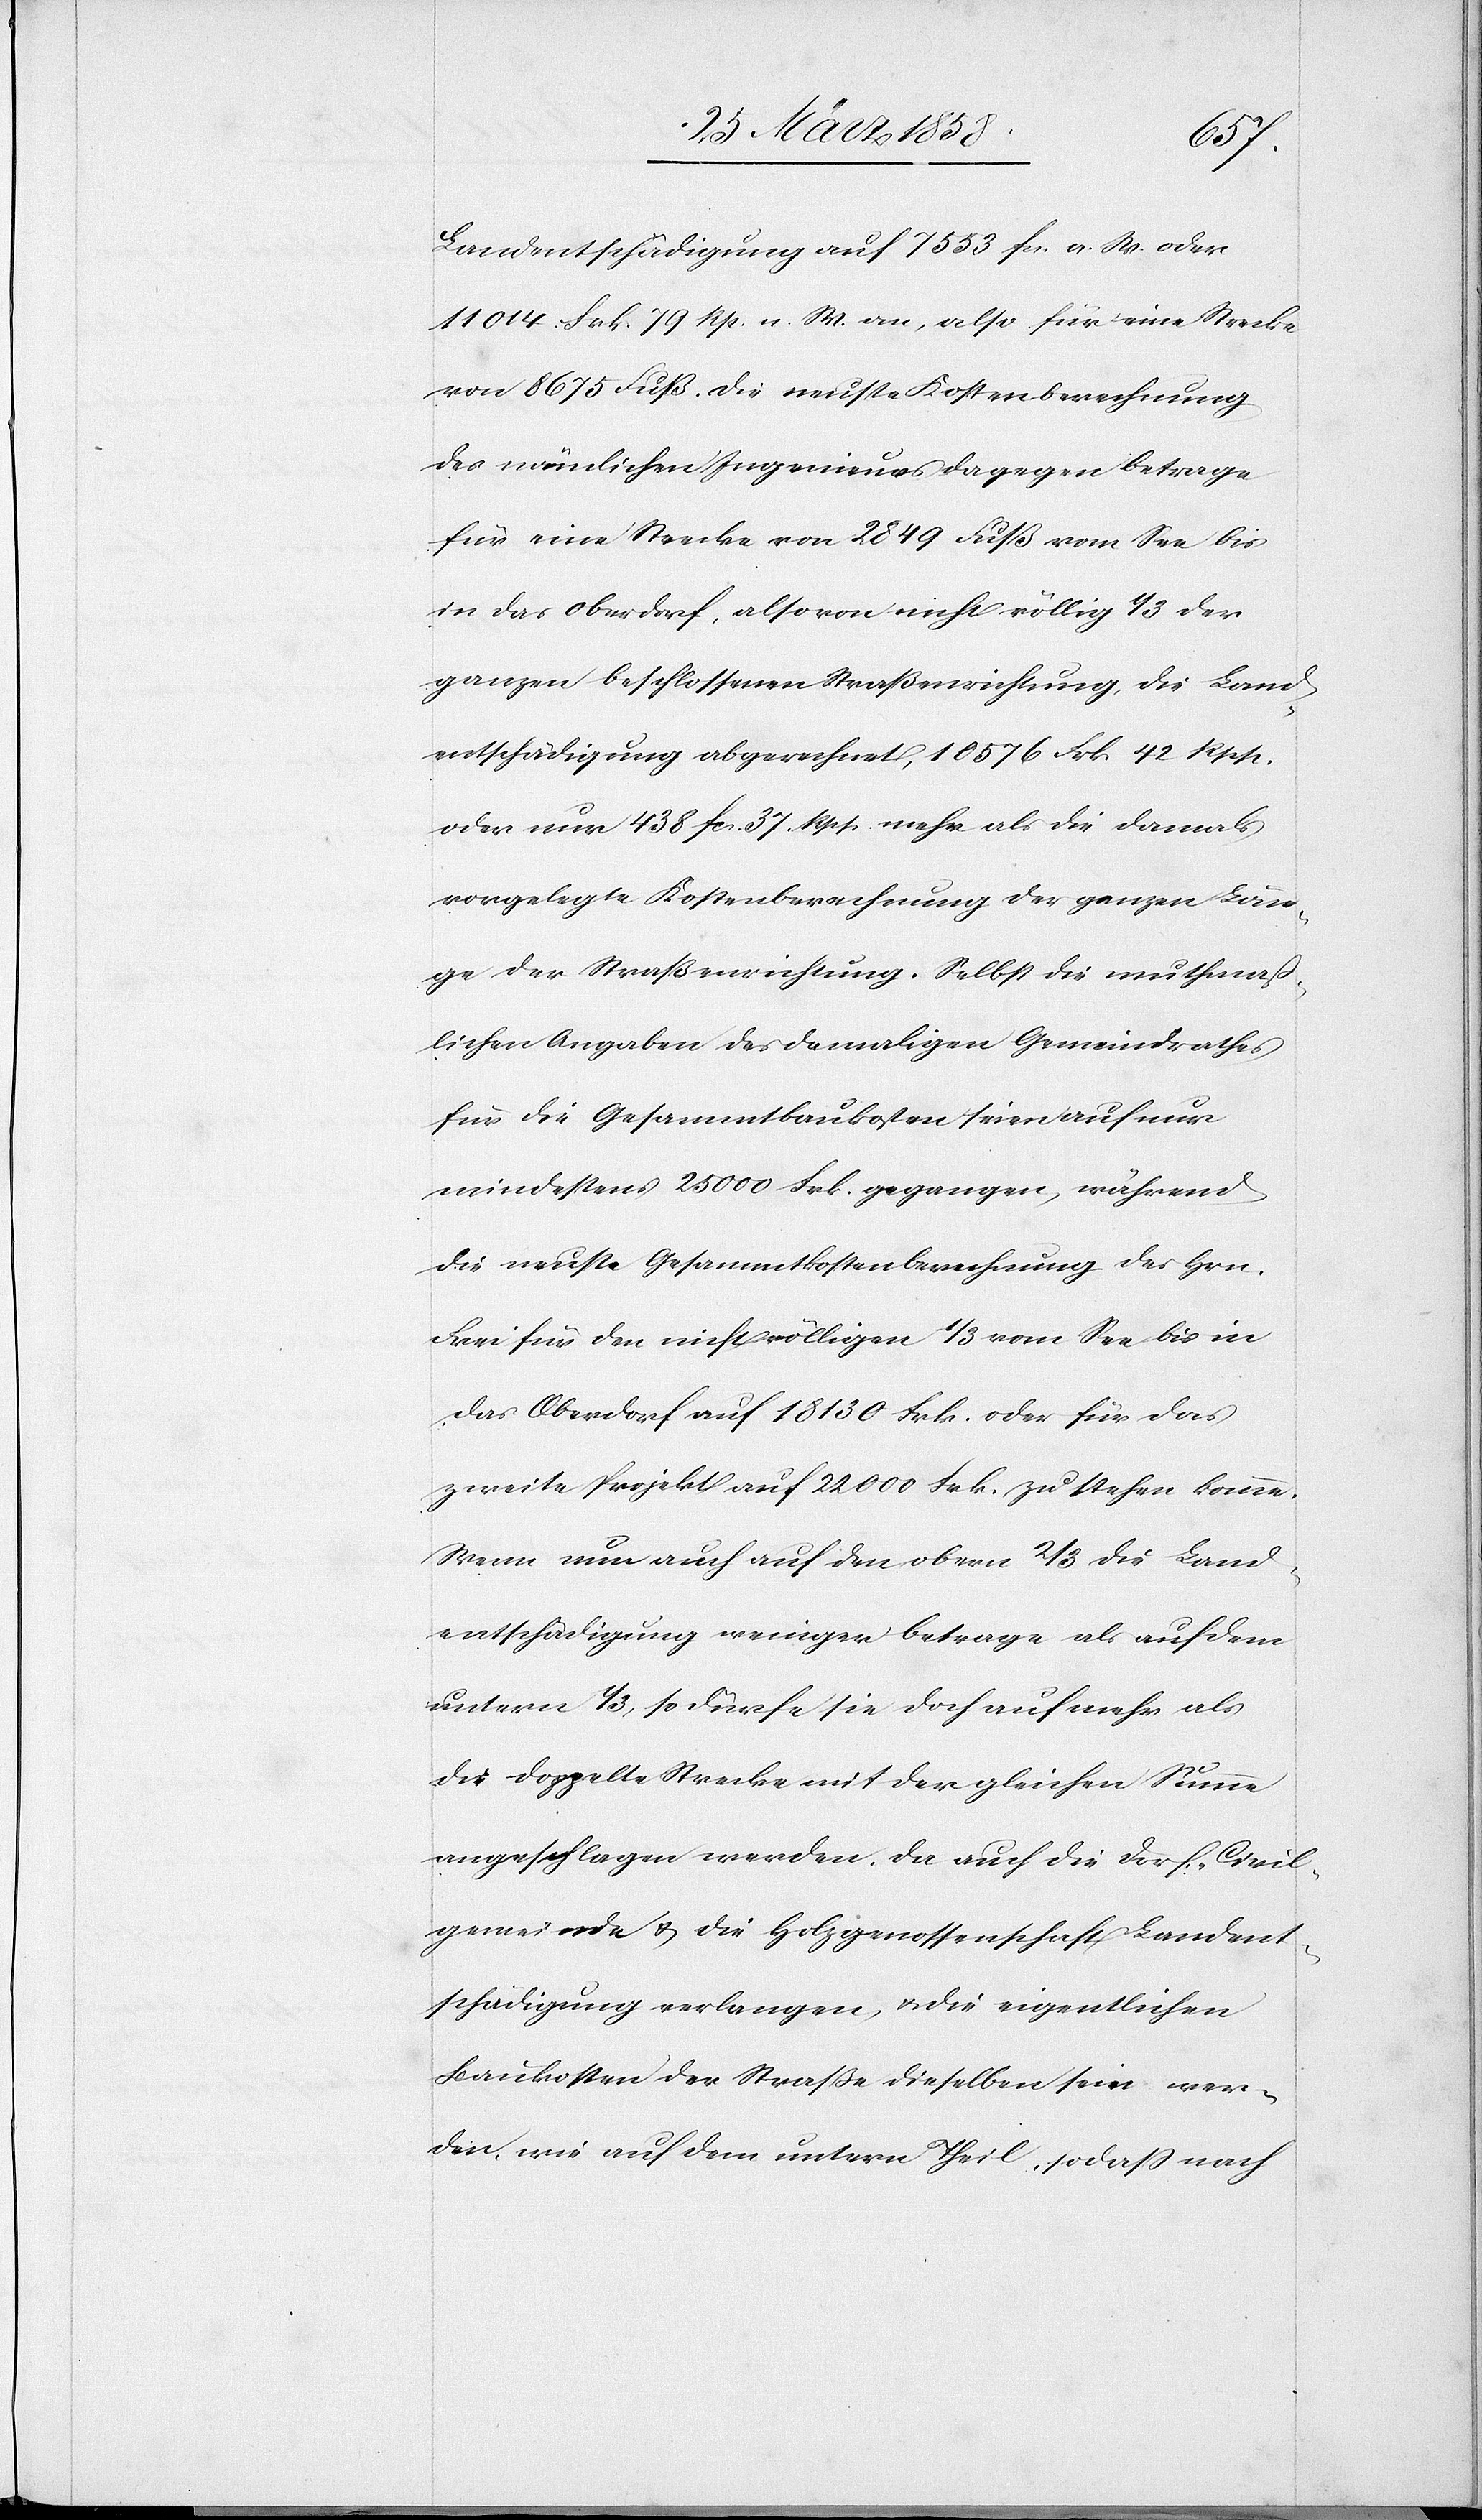
Landentschädigung auf 7553 fcs. a. W. oder
11014 Frk. 79 Rp. n. W. an, also für eine Strecke
von 8675 Fuß. Die neueste Kostenberechnung
des nämlichen Ingenieurs dagegen betrage
für eine Strecke von 2849 Fuß vom See bis
in das Oberdorf, also von nicht völlig 1/3 der
ganzen beschlossenen Straßenrichtung, die Land¬
entschädigung abgerechnet, 10576 Frk. 42 Rpp.
oder nur 438 fcs. 37 Rpp. mehr als die damals
vorgelegte Kostenabrechnung der ganzen Län¬
ge der Straßenrichtung. Selbst die muthmaß¬
lichen Angaben des damaligen Gemeindrathes
für die Gesammtbaukosten seien auf nur
mindestens 25000 Frk. gegangen, während
die neuste Gesammtkostenberechnung des Hrn.
Frei für den nicht völligen 1/3 vom See bis in
das Oberdorf auf 18130 Frk. oder für das
zweite Projekt auf 22000 Frk. zu stehen komme.
Wenn nun auch auf den obern 2/3 die Land¬
entschädigung weniger betrage als auf dem
untern 1/3, so dürfe sie doch auf mehr als
die doppelte Strecke mit der gleichen Summe
angeschlagen werden. Da auch die Dorf-Civil¬
gemeinde u. die Holzgenossenschaft Landent¬
schädigung verlange, u. die eigentlichen
Baukosten der Straße dieselben sein wer¬
den, wie auf dem untern Theil, so daß nach